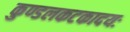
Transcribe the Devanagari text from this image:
कुण्डलकटकादयः